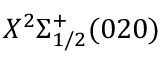
X ^ { 2 } \Sigma _ { 1 / 2 } ^ { + } ( 0 2 0 )